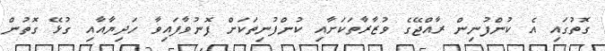
ގޮތުގައި އެ ކުންފުނިން ރާއްޖޭގެ ވުޒާރާތަކަށާއި ކުންފުނިތަކަށް ފޮނުވާފައިވާ ހަދިޔާއާއި ގުޅޭ ގޮތުން